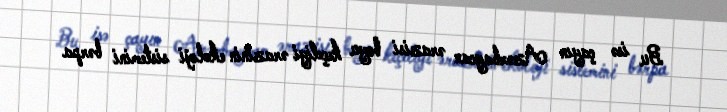
Bu isə çayın Azərbaycan ərazisi boyu keçdiyi ərazinin ekoloji sistemini bərpa